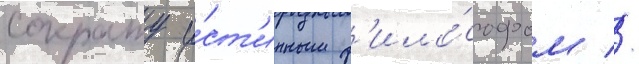
сократу и́ст'инным ф'ило́софом //